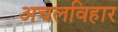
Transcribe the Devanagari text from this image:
अचलविहार